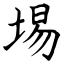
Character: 埸